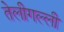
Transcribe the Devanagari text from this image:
तेलीगल्ली